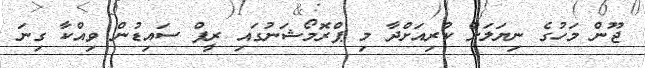
ޖޫން މަހުގެ ނިޔަލަށް ކުރިއަށްދާ މި ޕްރޮމޯޝަނުގައި ރީފް ސައިޑުން ވިއްކާ ގިނަ